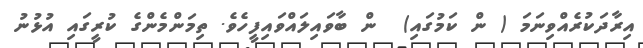
އިރާދަކުރެއްވިނަމަ ( ން ކަމުގައި)  ން ބާވައިލައްވައިފީހެވެ. ތިމަންމެންގެ ކުރީގައި އުޅުނު